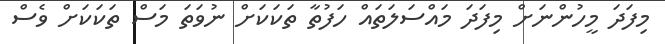
މިފަދަ މީހުންނަށް މިފަދަ މައްސަލަތައް ހަފުތާ ތަކަކަށް ނުވަތަ މަސް ތަކަކަށް ވެސް